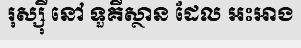
រុស្ស៊ី នៅ ទួគីស្ថាន ដែល អះអាង